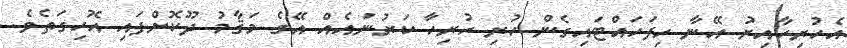
އެހުރިހާއިރު އޭނާ ހިފަހައްޓައިގެން ހުރި ހުރިހާ ކަރުނައެއް އޭގެ މަޤާމު ދޫކޮށްފައި އޮހިގަތެވެ.